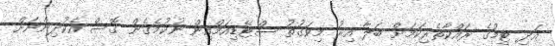
އަދި ޓީމުގެ ރައްކާތެރިކަމަށް ބަލާ އިރު މިވަގުތު ސްޓޭޑިއަމްއިން ނުކުމެގެން ގޮސް އެކުދިންނަށް